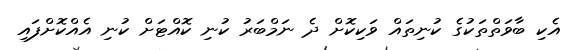
އެކި ބާވަތްތަކުގެ ކުނިތައް ވަކިކޮށް ދެ ނަމްބަރު ކުނި ކޮއްޓަށް ކުނި އެއްކޮށްފައި